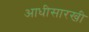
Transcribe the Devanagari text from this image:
आधीसारखी